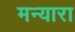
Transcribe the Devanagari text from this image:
मन्यारा